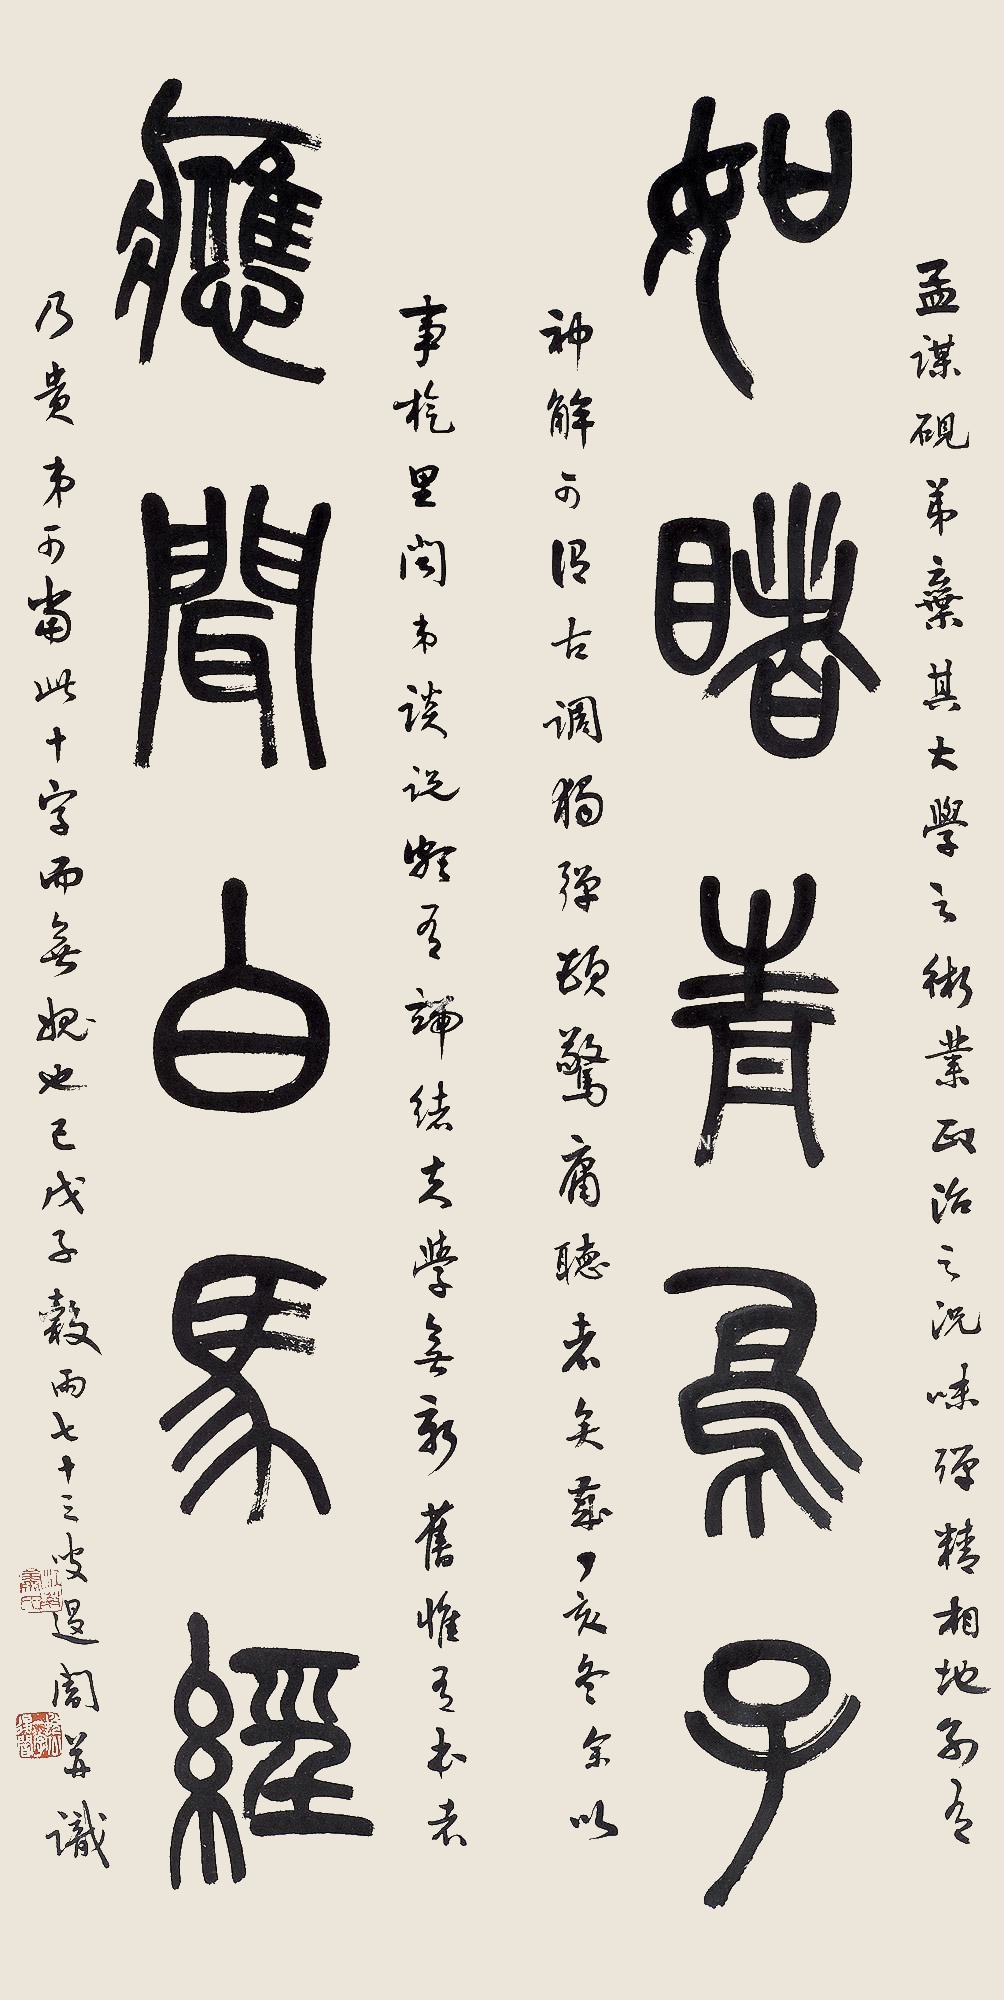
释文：如睹青鸟子，应闻白马经。孟谋砚弟弃其大学之术业政治之况味，殚精相地，别有神解，可谓古调独弹，顿惊庸听者矣。岁丁亥（1947年）冬，余以事旋里，闻弟谈说，颇有端绪。夫学无新旧，惟有本者乃贵，弟可当此十字而无愧也已。戊子谷雨，七十三叟退暗并识。